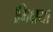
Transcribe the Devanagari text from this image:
।भिक्षया